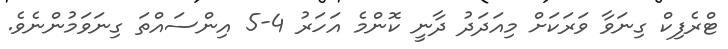
ޓްރެފިކް ގިނަވާ ވަރަކަށް މިއަދަދު ދާނީ ކޮންމެ އަހަރު 4-5 އިންސައްތަ ގިނަވަމުންނެވެ.